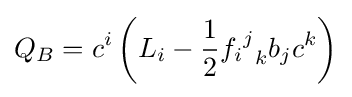
Q_{B}=c^{i}\left(L_{i}-{\frac {1}{2}}{{f_{i}}^{j}}_{k}b_{j}c^{k}\right)